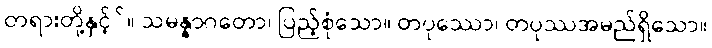
တရားတို့နှင့််။ သမန္နာဂတော၊ ပြည့်စုံသော။ တပုဿော၊ တပုဿအမည်ရှိသော။